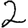
Digit: 2